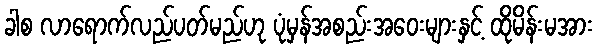
ခါစ လာရောက်လည်ပတ်မည်ဟု ပုံမှန်အစည်းအဝေးများနှင့် ထိုမိန်းမအား